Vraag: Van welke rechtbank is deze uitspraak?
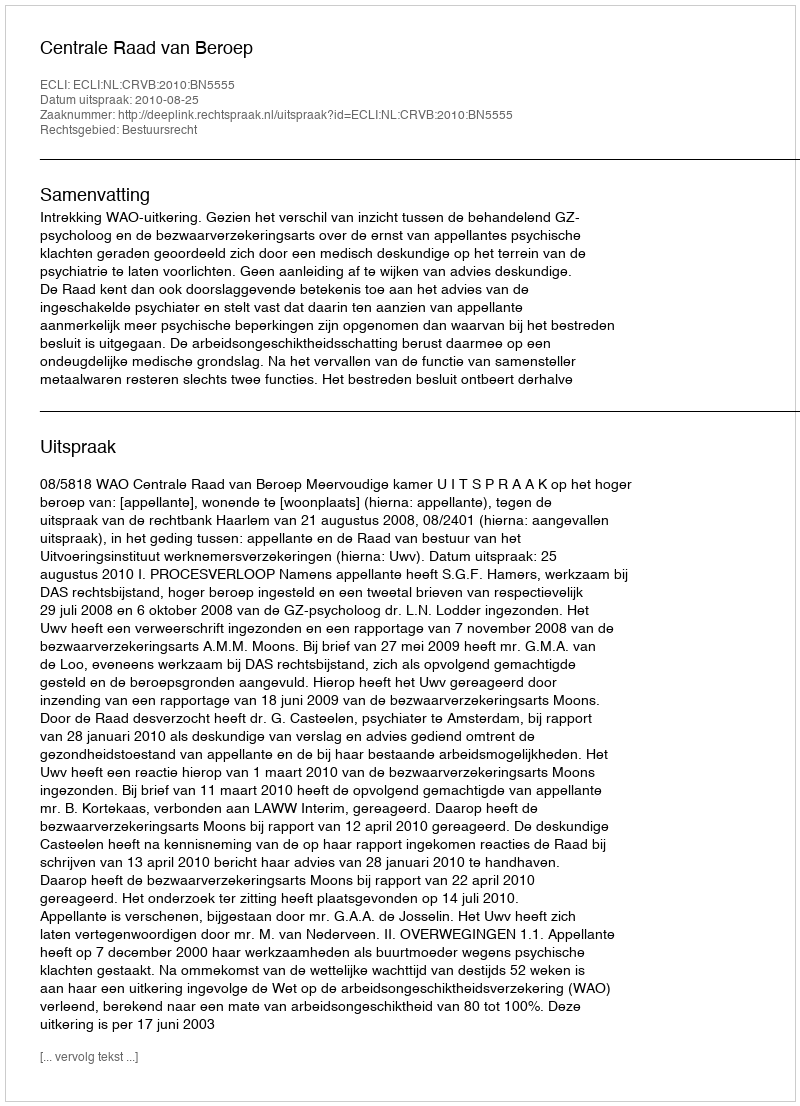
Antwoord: Centrale Raad van Beroep